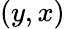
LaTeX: (y,x)